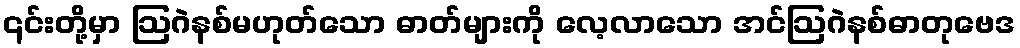
၎င်းတို့မှာ ဩဂဲနစ်မဟုတ်သော ဓာတ်များကို လေ့လာသော အင်ဩဂဲနစ်ဓာတုဗေဒ